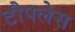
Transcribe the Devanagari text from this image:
टौपलेस